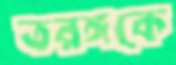
তরঙ্গকে